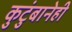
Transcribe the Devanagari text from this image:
कुटुंबानेही